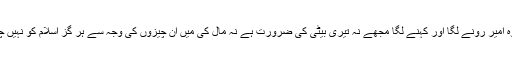
یہ سن کر وہ امیر رونے لگا اور کہنے لگا مجھے نہ تیری بیٹی کی ضرورت ہے نہ مال کی میں ان چیزوں کی وجہ سے ہر گز اسلام کو نہیں چھوڑ سکتا ۔